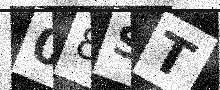
Text: 08ST